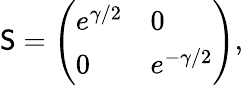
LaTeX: \mathsf{S}=\left(\begin{array}{ll}{{e^{\gamma/2}}}&{{0}}\\ {{0}}&{{e^{-\gamma/2}}}\end{array}\right),